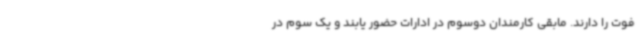
فوت را دارند. مابقی کارمندان دوسوم در ادارات حضور یابند و یک سوم در